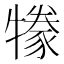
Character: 㹖